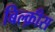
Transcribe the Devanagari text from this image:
बिल्क़ीस